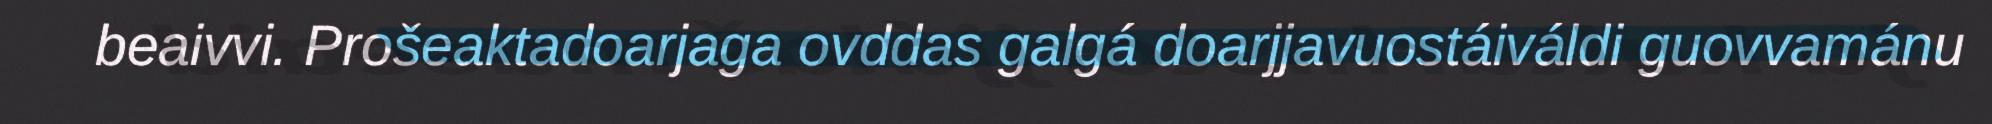
beaivvi. Prošeaktadoarjaga ovddas galgá doarjjavuostáiváldi guovvamánu